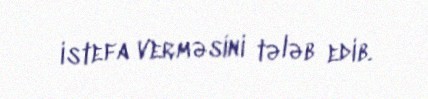
istefa verməsini tələb edib.